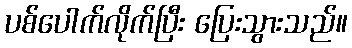
ပစ်ပေါက်လိုက်ပြီး ပြေးသွားသည်။